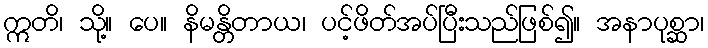
ဣတိ၊ သို့။ ပေ။ နိမန္တိတာယ၊ ပင့်ဖိတ်အပ်ပြီးသည်ဖြစ်၍။ အနာပုစ္ဆာ၊